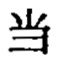
$\stackrel{*}{当}$